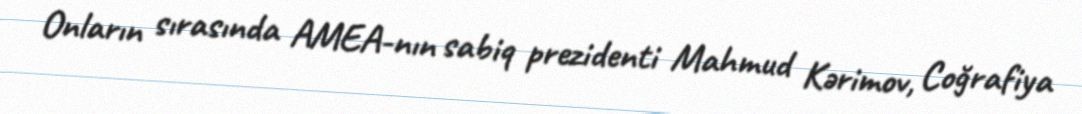
Onların sırasında AMEA-nın sabiq prezidenti Mahmud Kərimov, Coğrafiya